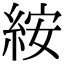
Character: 𥿽